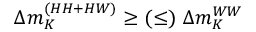
\Delta m _ { K } ^ { ( H H + H W ) } \geq ( \leq ) \ \Delta m _ { K } ^ { W W }